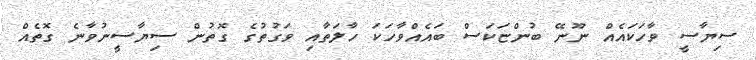
ސިޔާސީ ވާހަކައެއް ނޫނޭ ބުންޏަކަސް ބައެއްވާހަކަ ހާލަތާއި ވަގުތުގެ ގޮތުން ސިޔާސީނުވާނެ ގޮތެއް